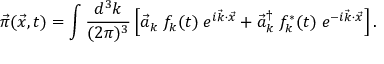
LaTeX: \vec { \pi } ( \vec { x } , t ) = \int \frac { d ^ { 3 } k } { ( 2 \pi ) ^ { 3 } } \left[ { \vec { a } } _ { k } \; f _ { k } ( t ) \; e ^ { i \vec { k } \cdot \vec { x } } + { \vec { a } } _ { k } ^ { \dagger } \; f _ { k } ^ { * } ( t ) \; e ^ { - i \vec { k } \cdot \vec { x } } \right] .